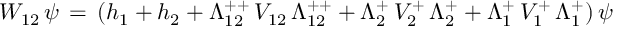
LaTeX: W _ { 1 2 } \, \psi \, = \, ( h _ { 1 } + h _ { 2 } + \Lambda _ { 1 2 } ^ { + + } \, V _ { 1 2 } \, \Lambda _ { 1 2 } ^ { + + } + \Lambda _ { 2 } ^ { + } \, V _ { 2 } ^ { + } \, \Lambda _ { 2 } ^ { + } + \Lambda _ { 1 } ^ { + } \, V _ { 1 } ^ { + } \, \Lambda _ { 1 } ^ { + } ) \, \psi